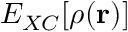
E _ { X C } [ \rho ( \mathbf { r } ) ]